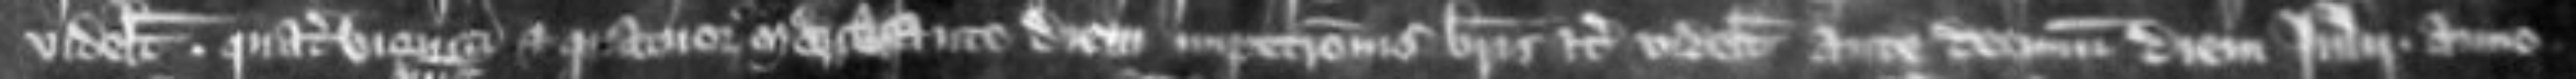
videlicet quatuor viginti et quatuor marcas ante diem impetrationis brevis etc videlicet ante decimum diem Julii anno